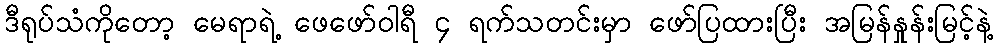
ဒီရုပ်သံကိုတော့ မေရာရဲ့ ဖေဖော်ဝါရီ ၄ ရက်သတင်းမှာ ဖော်ပြထားပြီး အမြန်နှုန်းမြင့်နဲ့